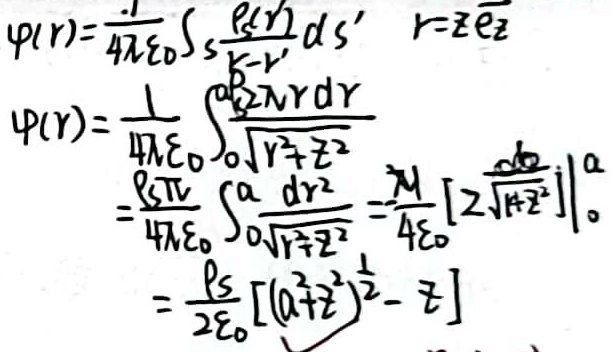
\begin{align*}
\varphi(\vec{r})&=\frac{1}{4\pi\varepsilon_{0}}\int_{S}\frac{\rho_{s}(\vec{r}')}{|\vec{r}-\vec{r}'|}ds' \quad \vec{r} = z\vec{e}_{z}\\
\varphi(\vec{r})&=\frac{1}{4\pi\varepsilon_{0}}\int_{0}^{a}\frac{\rho_{s}\cdot 2\pi rdr}{\sqrt{r^{2}+z^{2}}}\\
&=\frac{\rho_{s}\pi}{4\pi\varepsilon_{0}}\int_{0}^{a}\frac{d r^{2}}{\sqrt{r^{2}+z^{2}}}=\frac{\rho_{s}}{4\varepsilon_{0}}\left[2\sqrt{r^{2}+z^{2}}\right]_0^a\\
&=\frac{\rho_{s}}{2\varepsilon_{0}}\left[\left(a^{2}+z^{2}\right)^{\frac{1}{2}}-z\right]
\end{align*}